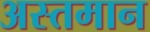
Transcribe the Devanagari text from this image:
अस्तमान